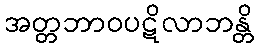
အတ္တဘာဝပဋိလာဘန္တိ